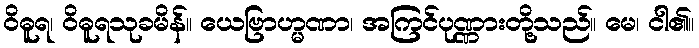
ဝိဓူရ၊ ဝိဓူရသုခမိန်။ ယေဗြာဟ္မဏာ၊ အကြင်ပုဏ္ဏားတို့သည်။ မေ၊ ငါ၏။